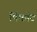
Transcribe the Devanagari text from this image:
पिंकॉट